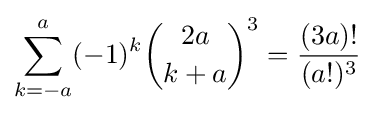
\sum _{k=-a}^{a}(-1)^{k}{2a \choose k+a}^{3}={\frac {(3a)!}{(a!)^{3}}}